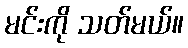
မင်းကို သတ်မယ်။